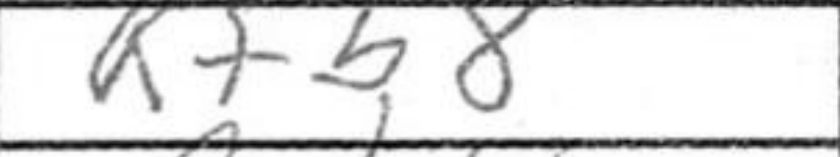
Transcription: Rfb8